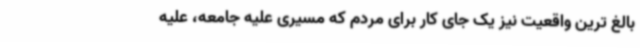
بالغ ترین واقعیت نیز یک جای کار برای مردم که مسیری علیه جامعه، علیه